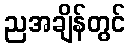
ညအချိန်တွင်